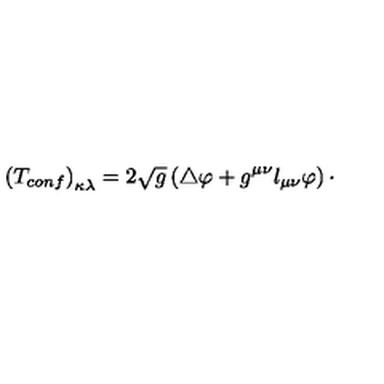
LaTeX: \left( T _ { c o n f } \right) _ { \kappa \lambda } = 2 \sqrt { g } \left( \bigtriangleup \varphi + g ^ { \mu \nu } l _ { \mu \nu } \varphi \right) \cdot